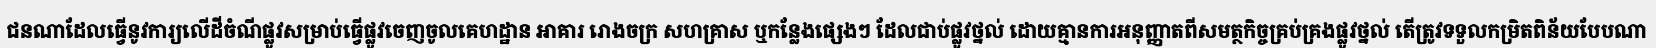
ជនណាដែលធ្វើនូវការ្យលើដីចំណីផ្លូវសម្រាប់ធ្វើផ្លូវចេញចូលគេហដ្ឋាន អាគារ រោងចក្រ សហគ្រាស ឬកន្លែងផ្សេងៗ ដែលជាប់ផ្លូវថ្នល់ ដោយគ្មានការអនុញ្ញាតពីសមត្ថកិច្ចគ្រប់គ្រងផ្លូវថ្នល់ តើត្រូវទទួលកម្រិតពិន័យបែបណា